Treatise on elephants
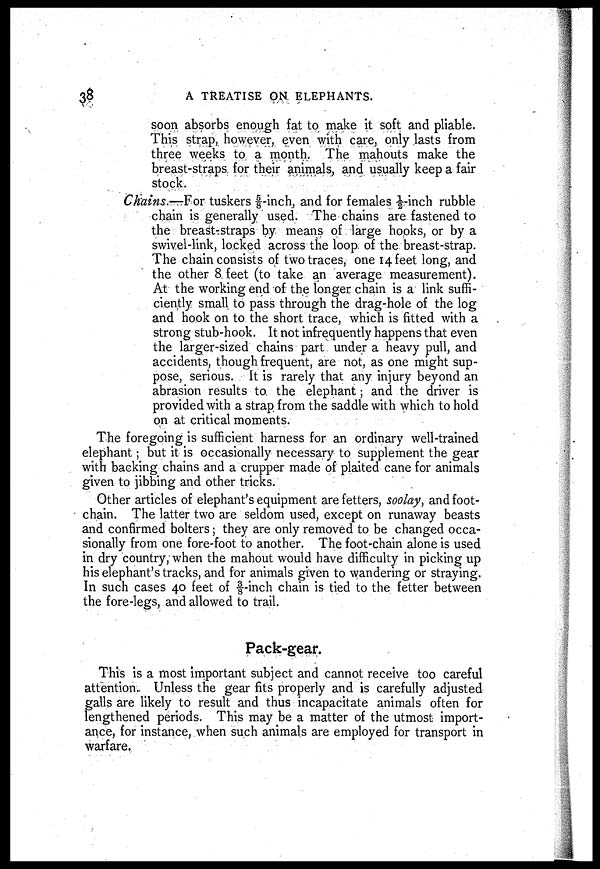
38
A TREATISE ON ELEPHANTS.
soon absorbs enough fat to make it soft and pliable.
This strap, however, even with care, only lasts from
three weeks to a month. The mahouts make the
breast-straps for their animals, and usually keep a fair
stock.
Chains.—For tuskers ⅝ -inch, and for females ½ - inch rubble
chain is generally used. The chains are fastened to
the breast-straps by means of large hooks, or by a
swivel-link, locked across the loop of the breast-strap.
The chain consists of two traces, one 14 feet long, and
the other 8 feet (to take an average measurement).
At the working end of the longer chain is a link suffi
ciently small to pass through the drag-hole of the log
and hook on to the short trace, which is fitted with a
strong stub-hook. It not infrequently happens that even
the larger-sized chains part under a heavy pull, and
accidents, though frequent, are not, as one might sup
pose, serious. It is rarely that any injury beyond an
abrasion results to the elephant; and the driver is
provided with a strap from the saddle with which to hold
on at critical moments.
The foregoing is sufficient harness for an ordinary well-trained
elephant; but it is occasionally necessary to supplement the gear
with backing chains and a crupper made of plaited cane for animals
given to jibbing and other tricks.
Other articles of elephant's equipment are fetters, soolay, and foot-
chain. The latter two are seldom used, except on runaway beasts
and confirmed bolters; they are only removed to be changed occa
sionally from one fore-foot to another. The foot-chain alone is used
in dry country, when the mahout would have difficulty in picking up
his elephant's tracks, and for animals given to wandering or straying.
In such cases 40 feet of ⅜- inch chain is tied to the fetter between
the fore-legs, and allowed to trail.
Pack-gear.
This is a most important subject and cannot receive too careful
attention. Unless the gear fits properly and is carefully adjusted
galls are likely to result and thus incapacitate animals often for
lengthened periods. This may be a matter of the utmost import
ance, for instance, when such animals are employed for transport in
warfare.